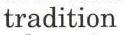
tradition